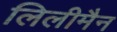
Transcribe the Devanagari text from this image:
लिलीमैन